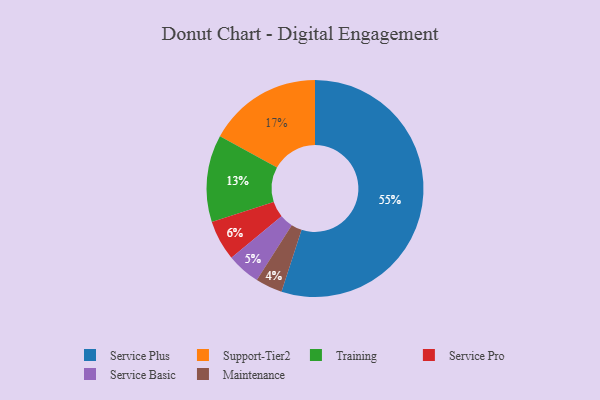
{"axis": {"x": "Category", "y": "Percentage"}, "legend": ["Maintenance", "Service Basic", "Service Plus", "Service Pro", "Support-Tier2", "Training"], "data": [{"x": "Support-Tier2", "y": 17, "type": "Support-Tier2"}, {"x": "Service Plus", "y": 55, "type": "Service Plus"}, {"x": "Maintenance", "y": 4, "type": "Maintenance"}, {"x": "Service Basic", "y": 5, "type": "Service Basic"}, {"x": "Service Pro", "y": 6, "type": "Service Pro"}, {"x": "Training", "y": 13, "type": "Training"}]}